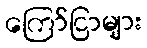
ကြော်ငြာများ